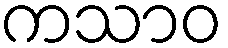
ကသာဝ